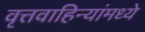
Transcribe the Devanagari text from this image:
वृत्तवाहिन्यांमध्ये